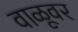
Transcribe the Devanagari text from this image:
वाळूवर